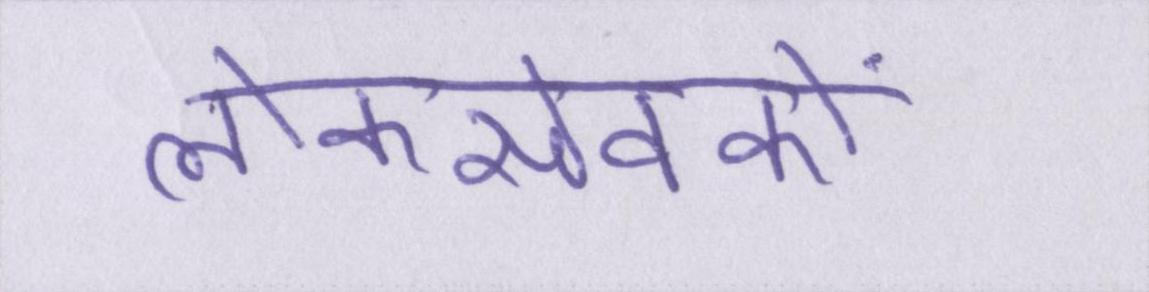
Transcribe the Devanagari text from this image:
लोकसेवकों